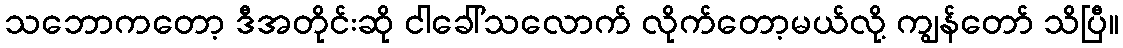
သဘောကတော့ ဒီအတိုင်းဆို ငါခေါ်သလောက် လိုက်တော့မယ်လို့ ကျွန်တော် သိပြီ။